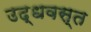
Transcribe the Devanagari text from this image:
उद्धवस्‍त